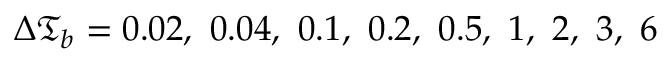
\Delta \mathfrak { T } _ { b } = 0 . 0 2 , \ 0 . 0 4 , \ 0 . 1 , \ 0 . 2 , \ 0 . 5 , \ 1 , \ 2 , \ 3 , \ 6